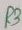
Text: R3